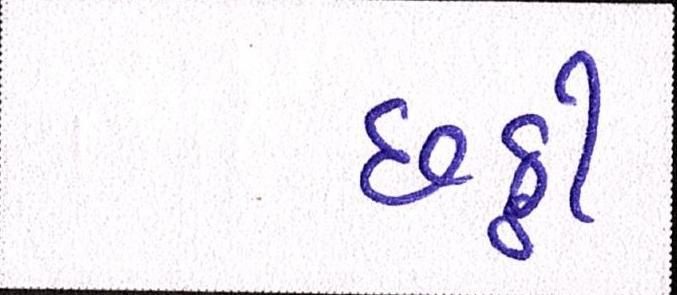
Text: છઠ્ઠી